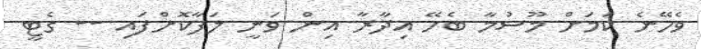
ވެހޭނެ ކަމަށް މޫސުމާ ބެހޭ އިދާރާ އިން ވަނީ ލަފާކޮށްފައި -- ގެޓީ